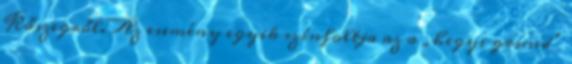
Kőszegről. Az esemény egyik színfoltja az a „hegyi grund”